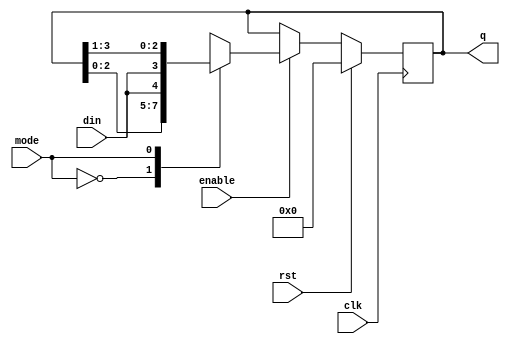
`timescale 1ns / 1ps

module BIDIRECTIONAL_SHIFT_REGISTER(
    input clk, rst, enable, mode, din,
    output reg [3:0] q
);

    always @(posedge clk) begin
        if (rst)
            q <= 4'b0000;
        else begin
            if (enable) begin
                case(mode)
                    0: q <= {q[2:0], din};
                    1: q <= {din, q[3:1]};
                    default: q <= q;
                endcase
            end else begin
                q <= q;
            end
        end
    end

endmodule